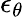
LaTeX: \epsilon_{\theta}